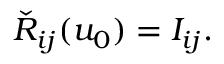
\check { R } _ { i j } ( u _ { 0 } ) = I _ { i j } .